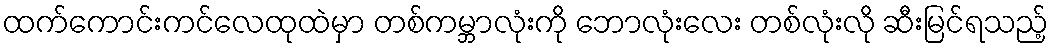
ထက်ကောင်းကင်လေထုထဲမှာ တစ်ကမ္ဘာလုံးကို ဘောလုံးလေး တစ်လုံးလို ဆီးမြင်ရသည့်